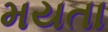
મયતા